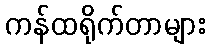
ကန်ထရိုက်တာများ